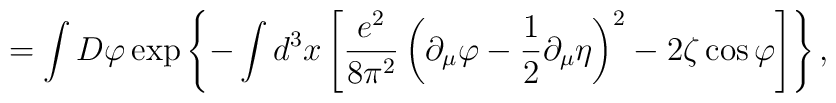
=\int D\varphi\exp\left\{-\int d^3x\left[\frac{e^2}{8\pi^2}\left(\partial_\mu\varphi-\frac12\partial_\mu\eta\right)^2-2\zeta\cos\varphi\right]\right\},